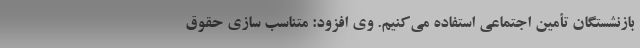
بازنشستگان تأمین اجتماعی استفاده می‌کنیم. وی افزود: متناسب سازی حقوق